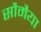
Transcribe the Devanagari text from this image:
सौमैया